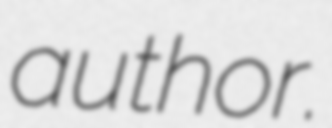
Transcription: author.